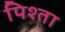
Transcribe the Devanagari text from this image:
पिश्ता